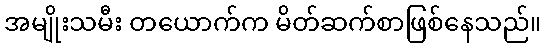
အမျိုးသမီး တယောက်က မိတ်ဆက်စာဖြစ်နေသည်။